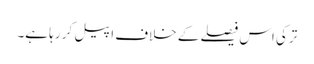
ترکی اس فیصلے کے خلاف اپیل کر رہا ہے۔